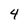
Character: 4